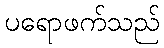
ပရောဖက်သည်